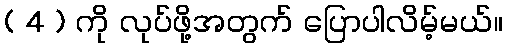
( 4 ) ကို လုပ်ဖို့အတွက် ပြောပါလိမ့်မယ်။